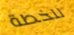
للخطة